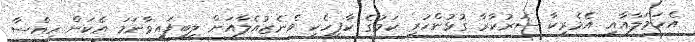
އެހަމަލާއާއި އެމެރިކާ ސަރުކާރާ ގުޅުންހުރި ކަމުގެ ކާފީހެކި ވެނެޒުއެލާއަށް ލިބިފައިވާނަމަ އެކަން ހިއްސާ